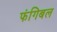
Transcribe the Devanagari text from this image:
फंगिबल